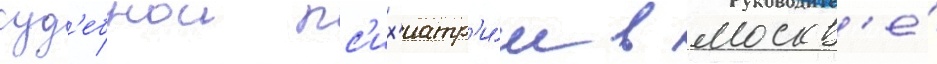
суд'ебнои пс'их'иатр'и́и в москв'е́